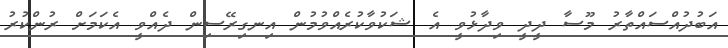
އަބުދުއްސައްތާރު މޫސާ ދީދީ ވިދާޅުވީ އެ ޝަކުވާކުރެއްވުމުން އިނގިރޭސިން ދެއްވީ އެކަމަށް ރުންކުރު